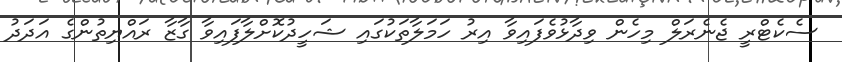
ސެކެޓްރީ ޖެނެރަލް މިހެން ވިދާޅުވެފައިވާ އިރު ހަމަލާތަކުގައި ޝަހީދުކޮށްލާފައިވާ ގާޒާ ރައްޔިތުންގެ އަދަދު